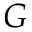
G